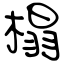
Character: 榻